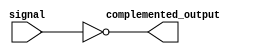
module inverter (
    input signal,
    output complemented_output
);

assign complemented_output = ~signal;

endmodule